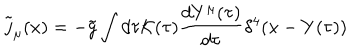
LaTeX: { \tilde { j } } _ { \mu } ( x ) = - { \tilde { g } } \int d \tau { \cal K } ( \tau ) \frac { d Y ^ { \mu } ( \tau ) } { d \tau } \delta ^ { 4 } ( x - Y ( \tau ) )